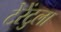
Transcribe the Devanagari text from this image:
टेरेंटुला